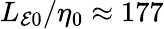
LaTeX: L_{\mathcal{E}0}/\eta_{0}\approx 177